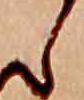
ら